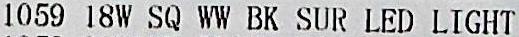
1059 18W SQ WW BK SUR LED LIGHT